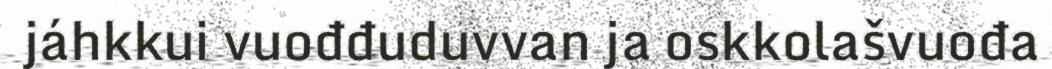
jáhkkui vuođđuduvvan ja oskkolašvuođa